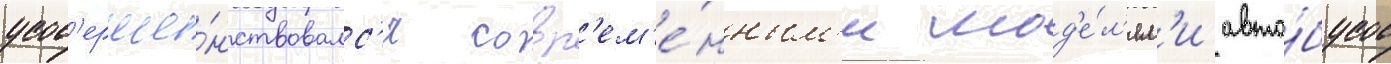
усов'ерше́нствовалс'я совр'ем'е́нным'и мод'е́л'ям'и авто́бусов